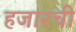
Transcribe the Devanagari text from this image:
हजारची